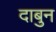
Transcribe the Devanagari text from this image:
दाबुन